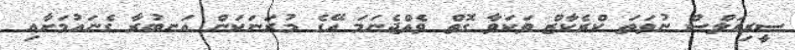
ސީރިއަލްސް ނުވަތަ ކްރެކާޒް ވަކަވާ ގޮތް ވެއްޖެނަމަ އޭގެ މުރަނަކަން އަނބުރާ ގެނައުމަށާއި